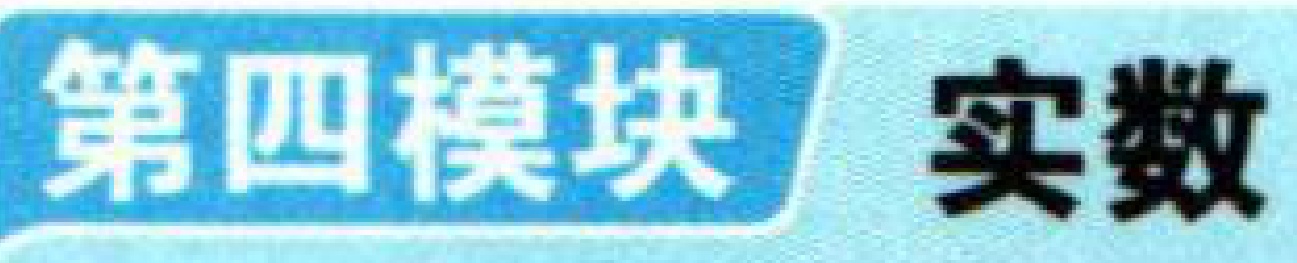
第四模块 实数